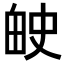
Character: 𬏅